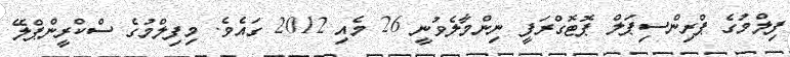
ފިލްމުގެ ޕްރިންސިޕަލް ޕޮޓޮގްރަފީ ނިންމާލެވުނީ 26 މެއި 2012 ގައެވެ. މިފިލްމުގެ ސްކްރީންޕްލޭ